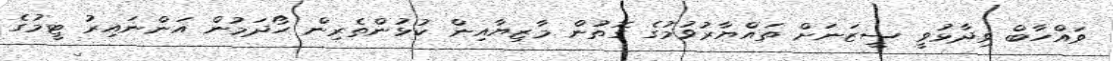
ވައްހާބް ވިދާޅުވީ ސީޒަނަށް ތައްޔާރުވުމުގެ ގޮތުން މާޒިޔާއިން ކުޅުންތެރިން ހޯދަމުން އަންނައިރު ޓީމުގެ